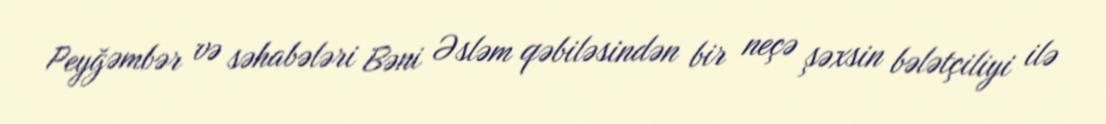
Peyğəmbər və səhabələri Bəni Əsləm qəbiləsindən bir neçə şəxsin bələtçiliyi ilə